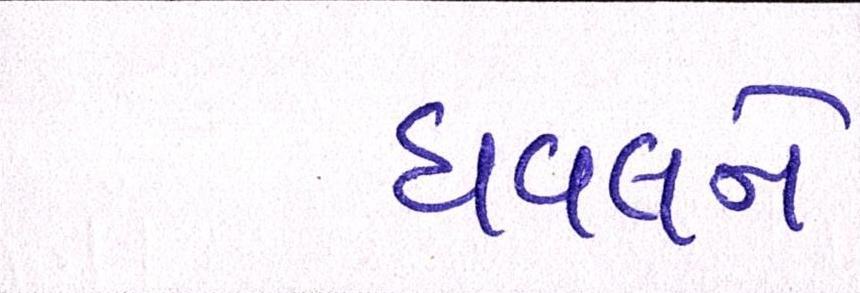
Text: ધવલને